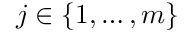
j \in \{ 1 , \ldots , m \}